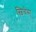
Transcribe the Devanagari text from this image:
स्विचेस्